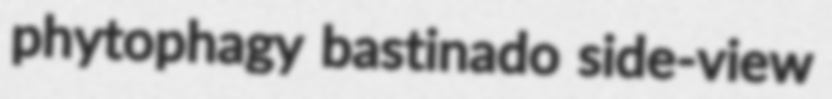
phytophagy bastinado side-view